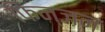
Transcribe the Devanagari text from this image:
फिन्जन